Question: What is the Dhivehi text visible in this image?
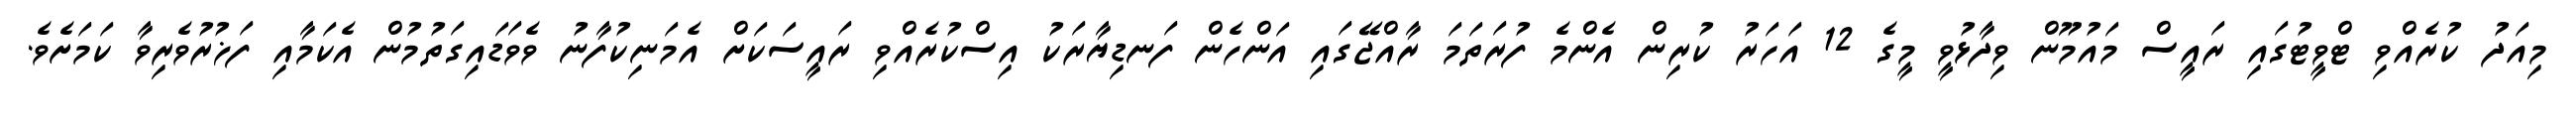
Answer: މިއަދު ކުރެއްވި ޓްވީޓުގައި ރައީސް މައުމޫން ވިދާޅުވީ މީގެ 12 އަހަރު ކުރިން އެންމެ ފުރަތަމަ ރާއްޖޭގައި އަންހެން ފަނޑިޔާރަކު އިސްކުރެއްވި ރައީސަކަށް އެމަނިކުފާނު ވެވަޑައިގަތުމުން އެކަމާއި ފަޚުރުވެރިވާ ކަމަށެވެ.